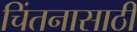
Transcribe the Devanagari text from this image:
चिंतनासाठी